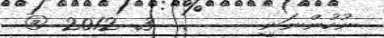
ނުހުންނަނީ